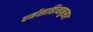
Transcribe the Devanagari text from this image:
धर्मसाहित्यानुसार